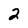
Character: 2